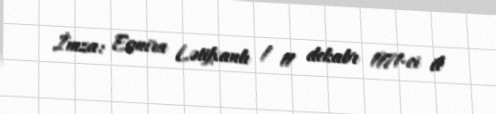
İmza: Esmira Lətifxanlı / 11 dekabr 1971-ci il